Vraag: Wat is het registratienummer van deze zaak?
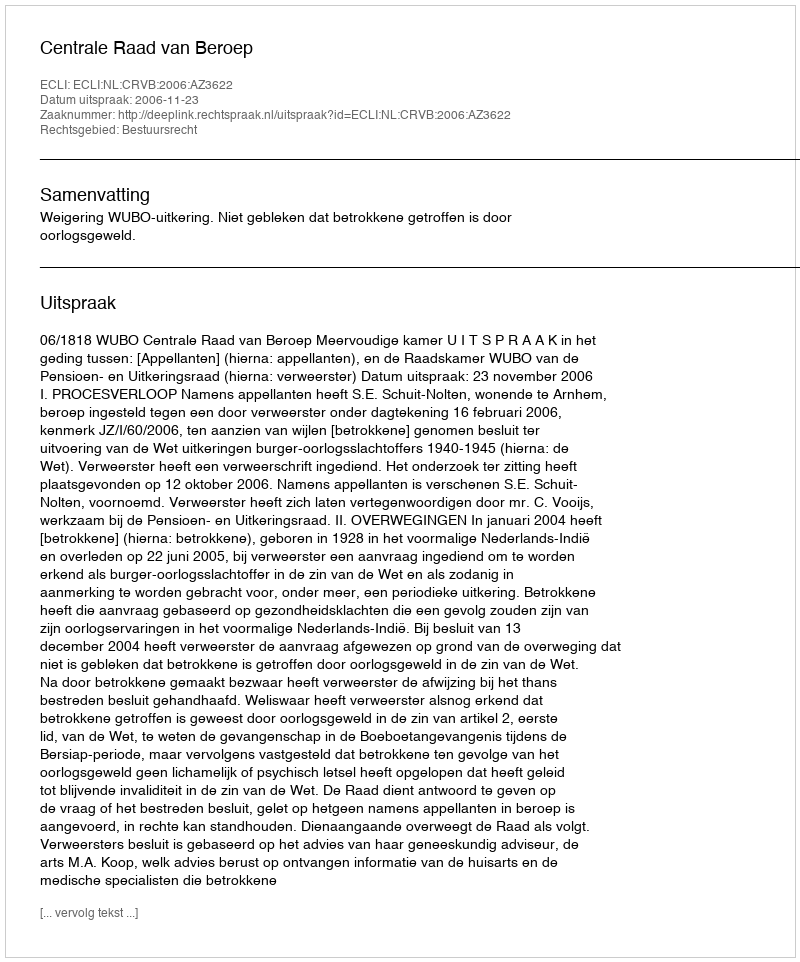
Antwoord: http://deeplink.rechtspraak.nl/uitspraak?id=ECLI:NL:CRVB:2006:AZ3622